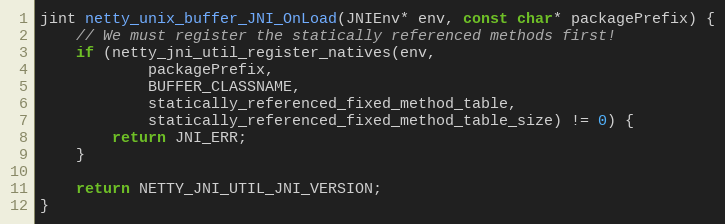
Language: C
jint netty_unix_buffer_JNI_OnLoad(JNIEnv* env, const char* packagePrefix) {
    // We must register the statically referenced methods first!
    if (netty_jni_util_register_natives(env,
            packagePrefix,
            BUFFER_CLASSNAME,
            statically_referenced_fixed_method_table,
            statically_referenced_fixed_method_table_size) != 0) {
        return JNI_ERR;
    }

    return NETTY_JNI_UTIL_JNI_VERSION;
}